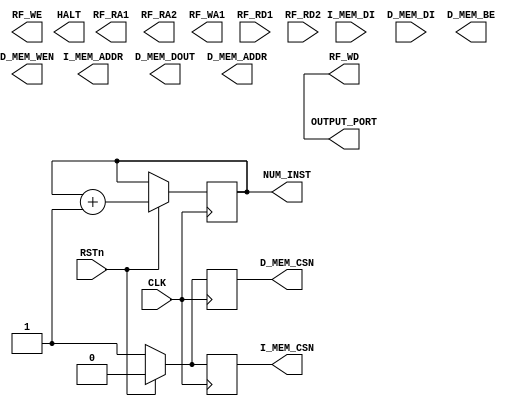
module RISCV_TOP (
	//General Signals
	input wire CLK,
	input wire RSTn,

	//I-Memory Signals
	output wire I_MEM_CSN,
	input wire [31:0] I_MEM_DI,//input from IM
	output reg [11:0] I_MEM_ADDR,//in byte address

	//D-Memory Signals
	output wire D_MEM_CSN,
	input wire [31:0] D_MEM_DI,
	output wire [31:0] D_MEM_DOUT,
	output wire [11:0] D_MEM_ADDR,//in word address
	output wire D_MEM_WEN,
	output wire [3:0] D_MEM_BE,

	//RegFile Signals
	output wire RF_WE,
	output wire [4:0] RF_RA1,
	output wire [4:0] RF_RA2,
	output wire [4:0] RF_WA1,
	input wire [31:0] RF_RD1,
	input wire [31:0] RF_RD2,
	output wire [31:0] RF_WD,
	output wire HALT,                   // if set, terminate program
	output reg [31:0] NUM_INST,         // number of instruction completed
	output wire [31:0] OUTPUT_PORT      // equal RF_WD this port is used for test
	);

	assign OUTPUT_PORT = RF_WD;


/*
	// New added from me
	reg [31:0] PC;
	wire [31:0] NXT_PC;

	assign NXT_PC = (~RSTn) ? 0 :
					(~TAKEN) ? PC + 4 :
					(JUMP_SRC) ? TODO : TODO;

	always @(posedge CLK) begin
		PC <= NXT_PC;
	end
*/


	initial begin
		NUM_INST <= 0;
	end

	// Only allow for NUM_INST
	always @ (negedge CLK) begin
		if (RSTn) begin
			I_MEM_CSN = 0;
			D_MEM_CSN = 0;
		end
		else begin
			I_MEM_CSN = 1;
			D_MEM_CSN = 1;
		end
		if (RSTn) NUM_INST <= NUM_INST + 1;
	end

	// TODO: implement

endmodule